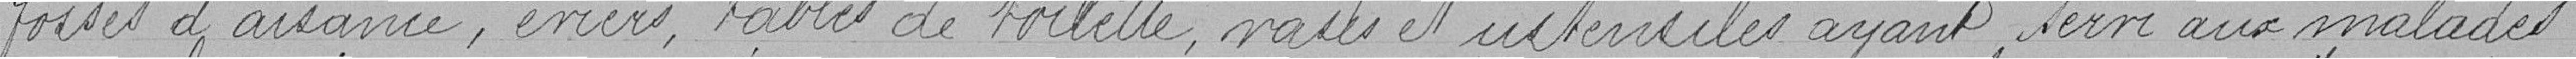
fosses d'aisance, éviers, tables de toilette, vases et ustensiles ayant servi aux malades.